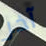
آخر